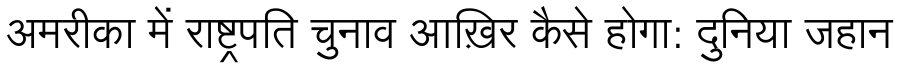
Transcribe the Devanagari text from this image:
अमरीका में राष्ट्रपति चुनाव आख़िर कैसे होगा: दुनिया जहान